Relation of titanus [i.e. tetanus] to the hypodermic or intramuscular injection of quinine - Number 43
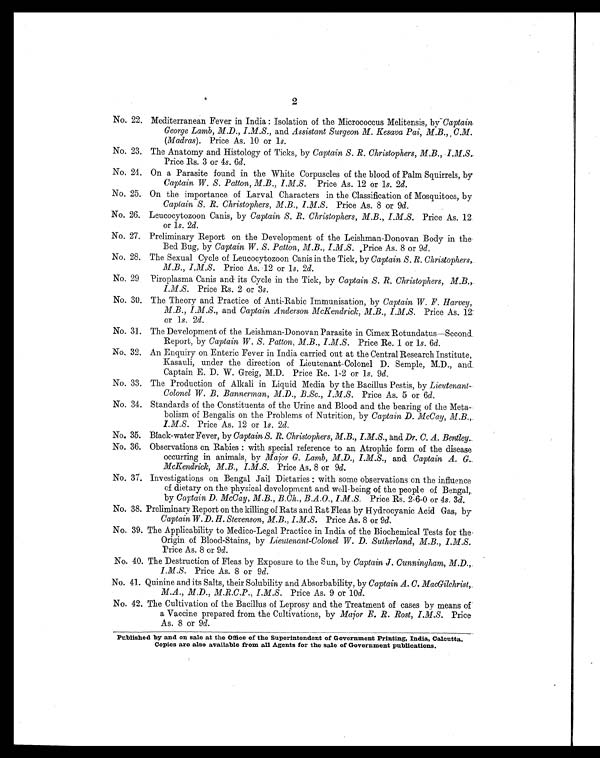
2
No. 22. Mediterranean Fever in India: Isolation of the Micrococcus Melitensis, by Captain.
George Lamb, M.D., I.M.S ., and Assistant Surgeon M. Kesava Pai, M.B., C.M.
(Madras) . Price As. 10 or 1s.
No. 23. The Anatomy and Histology of Ticks, by Captain S. R. Christophers, M.B. ,
I.M.S. Price Rs. 3 or 4s. 6d.
No. 24. On a Parasite found in the White Corpuscles of the blood of Palm Squirrels, by
Captain W. S. Patton, M.B., I.M.S. Price As. 12 or 1s. 2d.
No. 25. On the importance of Larval Characters in the Classification of Mosquitoes, by
Captain S. R. Christophers, M.B., I.M.S. Price As. 8 or 9d .
No. 26. Leucocytozoon Canis, by Captain S. R. Christophers, M.B., I.M.S . Price As. 12.
or 1s. 2d.
No. 27. Preliminary Report on the Development of the Leishman-Donovan Body in the
Bed Bug, by Captain W. S. Patton, M.B., I.M.S . Price As. 8 or 9d .
No. 28. The Sexual Cycle of Leucocytozoon Canis in the Tick, by Captain S. R. Christophers,.
M.B., .I.M.S. Price As. 12 or 1s. 2 d.
No. 29 Piroplasma Canis and its Cycle in the Tick, by Captain S. R. Christophers, M.B.,.
I.M.S . Price Rs. 2 or 3 s .
No. 30. The Theory and Practice of Anti-Rabic Immunisation, by Captain W . F. Harvey,
M.B., I.M.S. , and Captain Anderson McKendrick, M.B., I.M.S. Price As. 12:
or 1s. 2d .
No. 31. The Development of the Leishman-Donovan Parasite in Cimex Rotundatus—Second
Report, by Captain W . S. Patton, M.B., I.M.S. Price Re. 1 or 1s . 6d .
No. 32. An Enquiry on Enteric Fever in India carried out at the Central Research Institute,
Kasauli, under the direction of Lieutenant-Colonel D. Semple, M.D., and
Captain E. D. W. Greig, M.D. Price Re. 1-2 or 1 s. 9d .
No. 33. The Production of Alkali in Liquid Media by the Bacillus Pestis, by Lieutenant
—Colonel W. B. Bannerman, M.D., B.Sc.,IM.S. Price As. 5 or 6d.
No. 34. Standards of the Constituents of the Urine and Blood and the bearing of the
M e s t a - b o l i s m o f B e n g a l i s o n t h e P r o b l e m s o f N u t r i t i o n , b yC
a p t a i n D . M c C a y , M . B . , .
I.M.S. Price As. 12 or 1s. 2d.
No.. 35. Black-water Fever, by Captain S. R. Christophers, M.B., I.M.S ., and Dr. C. A. Bentley .
No. 36. Observations on Rabies: with special reference to an Atrophic form of the disease
occurring in animals, by Major G. Lamb, M.D., I.M.S., and. Captain A. G..
McKendrick, M.B., I.M.S. Price As. 8 or 9d.
No. 37. Investigations on Bengal Jail Dietaries: with some observations on the influence
of dietary on the physical development and well-being of the people of Bengal,
by Captain D. McCay, M.B., B.Ch.,B.A.O., I.M.S . Price Rs. 2-6-0 or 4 s. 3d.
No. 38. Preliminary Report on the killing of Rats and Rat Fleas by Hydrocyanic Acid Gas, by-
Captain W. D. H. Stevenson, M.B., I .M .S . Price As. 8 or 9 d.
No. 39. The Applicability to Medico-Legal Practice in India of the Biochemical Tests for the
Origin of Blood-Stains, by Lieutenant-Colonel W. D. Sutherland, M.B., I.M.S .
Price As. 8 or 9d.
No. 40. The Destruction of Fleas by Exposure to the Sun, by Captain J. Cunningham, M.D.,.
I.M.S. Price As. 8 or 9 d .
No. 41. Quinine and its Salts, their Solubility and Absorbability, by Captain A. C. MacGilchrist,.
M.A., M.D., M.R.C.P., I.M.S. Price As. 9 or 10 d.
No. 42. The Cultivation of the Bacillus of Leprosy and the Treatment of cases by means of
a Vaccine prepared from the Cultivations, by Major E. R. .Rost, I.M.S. Price
As. 8 or 9d.
Published by and on sale at the Office of the Superintendent of Government Printing, India, Calcutta.
Copies are also available from all Agents for the sale of Government publications.